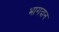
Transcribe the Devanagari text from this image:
भागदान